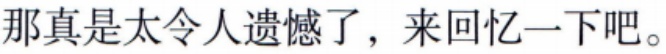
那真是太令人遗憾了，来回忆一下吧。